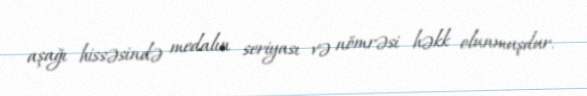
aşağı hissəsində medalın seriyası və nömrəsi həkk olunmuşdur.